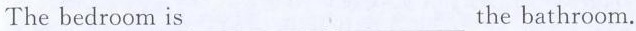
The bedroom is ___ ___ the bathroom.